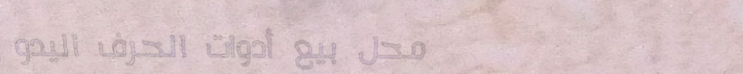
محل بيع أدوات الحرف اليدو